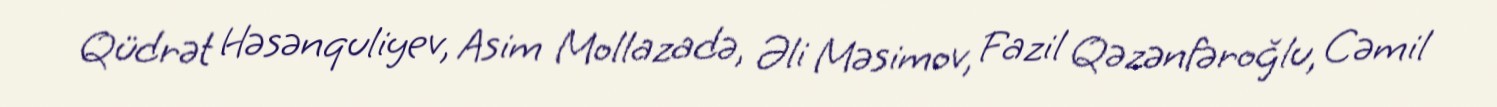
Qüdrət Həsənquliyev, Asim Mollazadə, Əli Məsimov, Fazil Qəzənfəroğlu, Cəmil